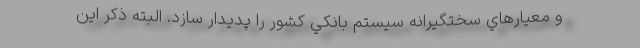
و معيارهاي سختگيرانه سيستم بانكي كشور را پديدار سازد. البته ذكر اين